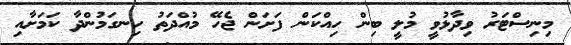
މިނިސްޓަރު ވިދާޅުވީ މުލީ ބިން ހިއްކަން ފަށަން ޖެހޭ މުއްދަތު ހިނގަމުންދާ ކަމަށާއި